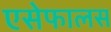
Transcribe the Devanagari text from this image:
एसेफालस